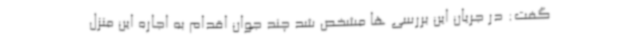
گفت: در جریان این بررسی ها مشخص شد چند جوان اقدام به اجاره این منزل